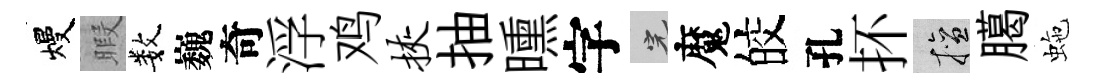
熳暇数巍奇浮鸡挟抽曛字完魔皎孔抔擅臈虵